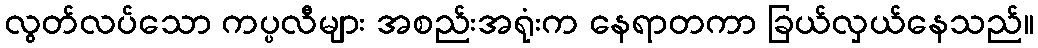
လွတ်လပ်သော ကပ္ပလီများ အစည်းအရုံးက နေရာတကာ ခြယ်လှယ်နေသည်။